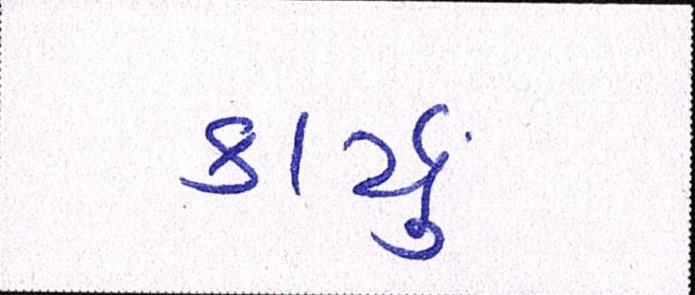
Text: કાર્યું